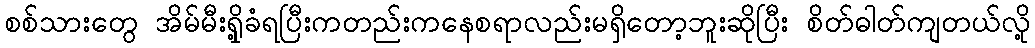
စစ်သားတွေ အိမ်မီးရှို့ခံရပြီးကတည်းကနေစရာလည်းမရှိတော့ဘူးဆိုပြီး စိတ်ဓါတ်ကျတယ်လို့